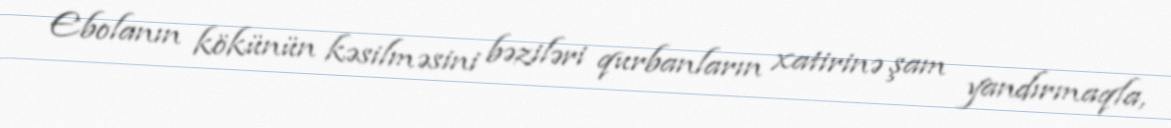
Ebolanın kökünün kəsilməsini bəziləri qurbanların xatirinə şam yandırmaqla,